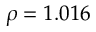
\rho = 1 . 0 1 6